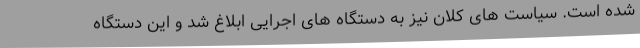
شده است. سیاست های کلان نیز به دستگاه های اجرایی ابلاغ شد و این دستگاه